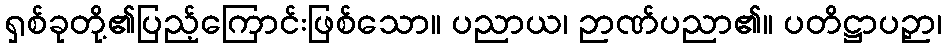
ရှစ်ခုတို့၏ပြည့်ကြောင်းဖြစ်သော။ ပညာယ၊ ဉာဏ်ပညာ၏။ ပတိဋ္ဌာပဉှာ၊